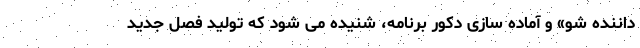
داننده شو» و آماده سازی دکور برنامه، شنیده می شود که تولید فصل جدید